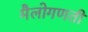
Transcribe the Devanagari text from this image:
मैलोगणती